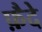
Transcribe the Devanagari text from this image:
फ़ैदे